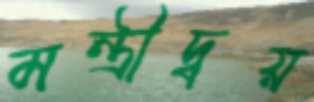
মন্ত্রীদ্বয়